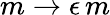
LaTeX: m\rightarrow\epsilon\, m